Hookworm disease and how to prevent it
Disease focus: Hookworm
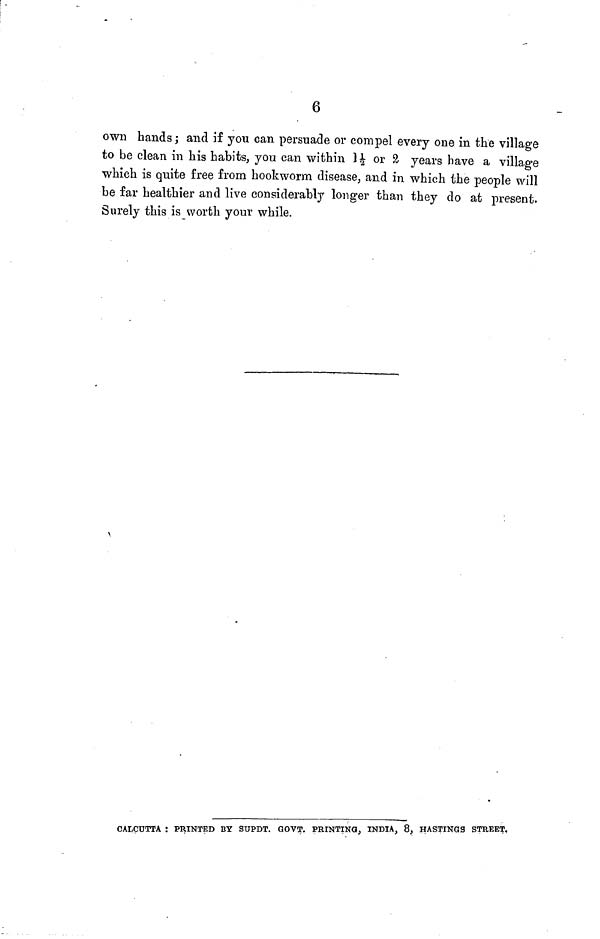
6
own hands ; and if you can persuade or compel every one in the village
to be clean in his habits, you can within 1½ or 2 years have a village
which is quite free from hookworm disease, and in which the people will
be far healthier and live considerably longer than they do at present.
Surely this is worth your while.
CALCUTTA : PRINTED BY STPDT. GOVT. PRINTING, INDIA, 8, HASTINGS STREET,